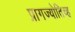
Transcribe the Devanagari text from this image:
प्रागज्योतिच्ह